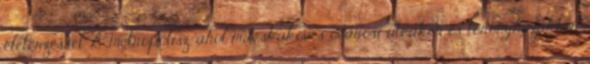
életérzéssel. A metropolisz, ahol macskaköves óvárosi utcákon és toronyházakkal